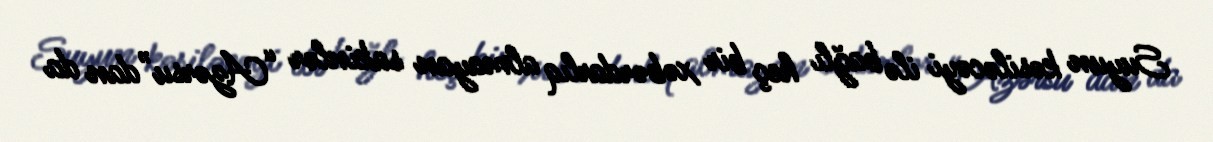
Suyun kəsiləcəyi ilə bağlı heç bir xəbərdarlıq almayan sakinlər “Azərsu”dan da